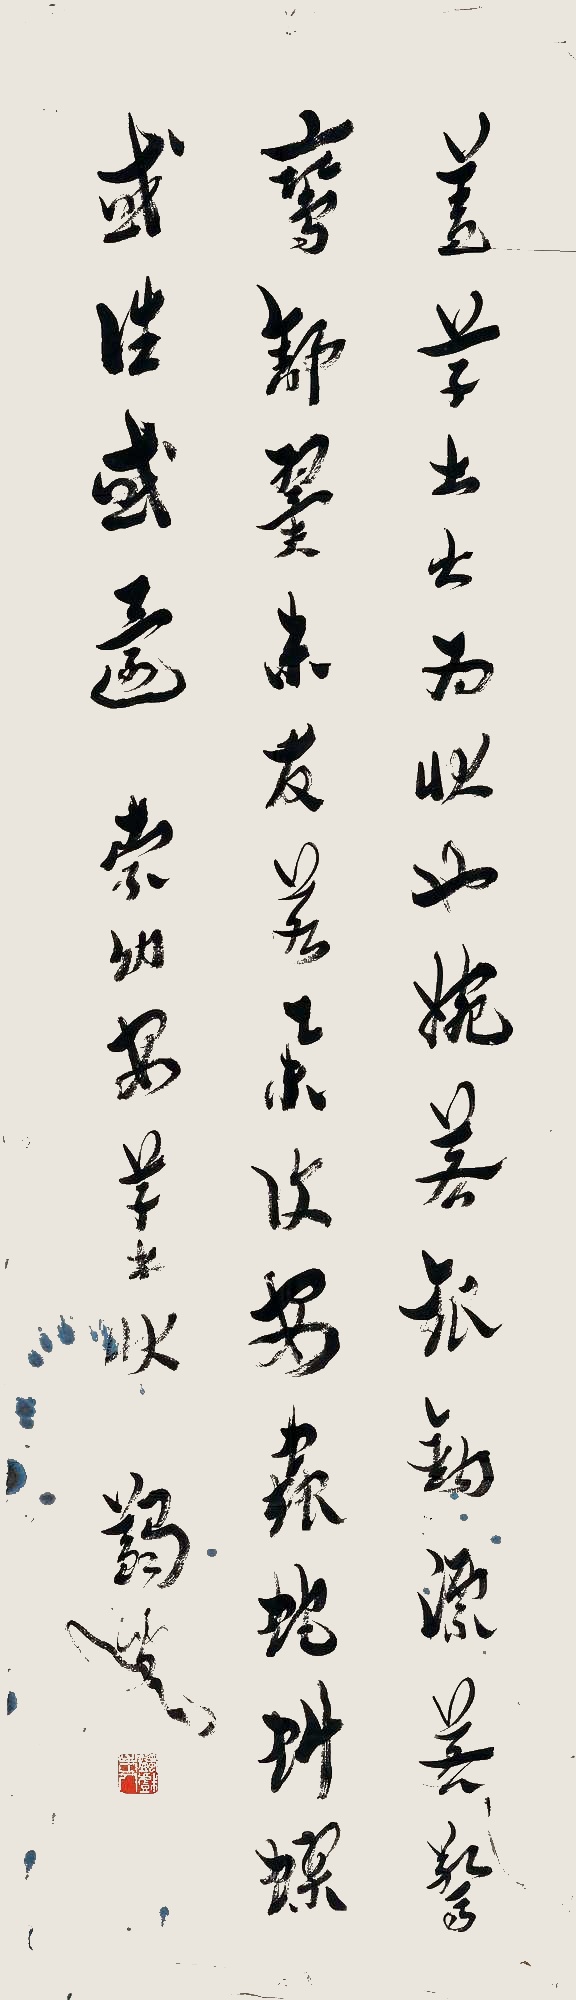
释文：盖草书之为状也，婉若银钩，漂若惊鸾，舒翼未发，若举复安。虫蛇虬蟉，或往或还。索幼安草书状。蠲叟。